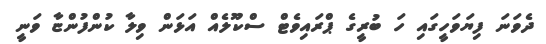
ދެވަނަ ފިޔަވަހީގައި ހަ ބުރީގެ ޕްރައިވެޓް ސްކޫލެއް އަޅަން ވިލާ ކުންފުންޏާ ވަނީ